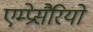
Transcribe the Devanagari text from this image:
एम्प्रेसैरियो